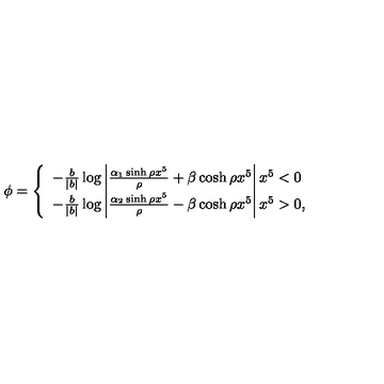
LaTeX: \phi = \left\{ \begin{array} { l } { - \frac { b } { | b | } \log \left| \frac { \alpha _ { 1 } \sinh \rho x ^ { 5 } } { \rho } + \beta \cosh \rho x ^ { 5 } \right| x ^ { 5 } < 0 } \\ { - \frac { b } { | b | } \log \left| \frac { \alpha _ { 2 } \sinh \rho x ^ { 5 } } { \rho } - \beta \cosh \rho x ^ { 5 } \right| x ^ { 5 } > 0 , } \\ \end{array} \right.